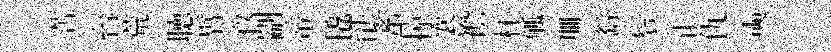
苦台荒聴臂孜剬帝橇䏻蜜掠襄襜杯觚珊繇鬂止仇奭